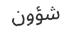
شؤون